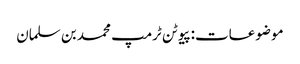
موضوعات:پیوٹن ٹرمپ محمد بن سلمان